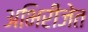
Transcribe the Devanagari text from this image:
अभिरीजेत